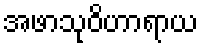
အဖာသုဝိဟာရာယ